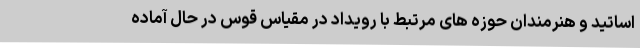
اساتید و هنرمندان حوزه های مرتبط با رویداد در مقیاس قوس در حال آماده